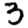
Digit: 3